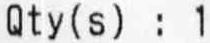
QTY(S) : 1